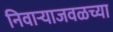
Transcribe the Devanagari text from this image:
निवाऱ्याजवळच्या